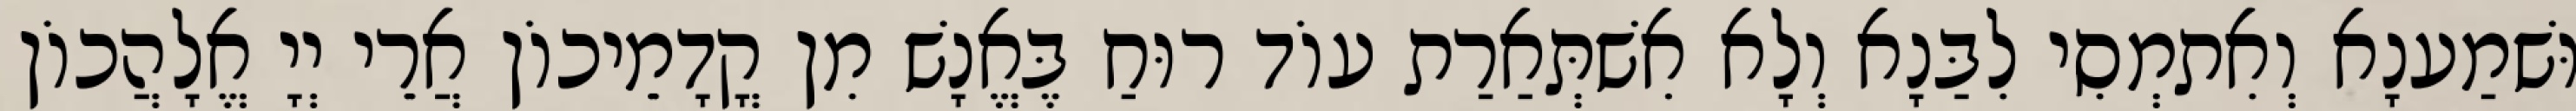
וּשׁמַענָא וְאִתמְסִי לִבַּנָא וְלָא אִשׁתְּאַרַת עוֹד רוּחַ בֶּאֱנָשׁ מִן קֳדָמֵיכוֹן אֲרֵי יְיָ אֱלָהֲכוֹן